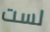
لست